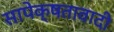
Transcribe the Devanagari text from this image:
सापेक्षतावादी